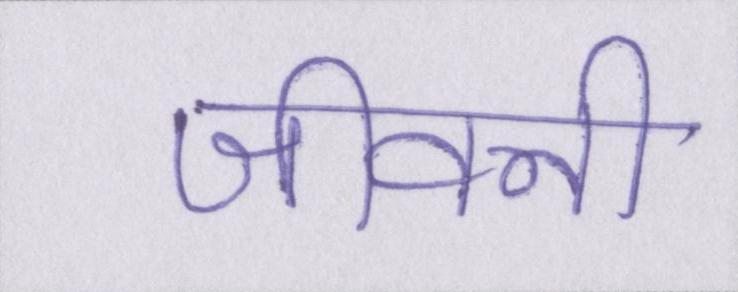
जीवनी